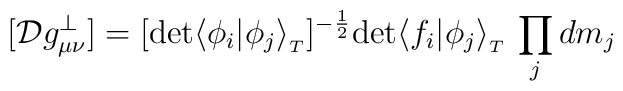
[{\cal D}g^{\perp}_{\mu \nu}] = [{\rm det} \langle \phi_i \vert \phi_j\rangle_{_T}]^{-{\frac{1}{2}}}{\rm det} \langle f_i\vert\phi_j\rangle_{_T}\, \prod_j dm_j